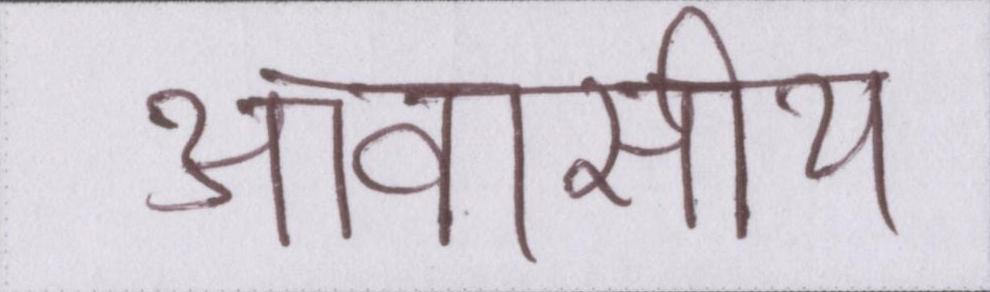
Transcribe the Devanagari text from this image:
आवासीय